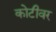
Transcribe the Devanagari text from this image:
कोटीवर